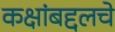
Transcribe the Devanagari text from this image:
कक्षांबद्दलचे